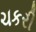
ચકરી